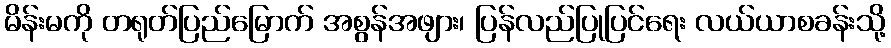
မိန်းမကို တရုတ်ပြည်မြောက် အစွန်အဖျား၊ ပြန်လည်ပြုပြင်ရေး လယ်ယာစခန်းသို့